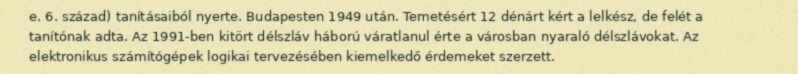
e. 6. század) tanításaiból nyerte. Budapesten 1949 után. Temetésért 12 dénárt kért a lelkész, de felét a tanítónak adta. Az 1991-ben kitört délszláv háború váratlanul érte a városban nyaraló délszlávokat. Az elektronikus számítógépek logikai tervezésében kiemelkedő érdemeket szerzett.